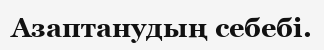
Азаптанудың себебі.